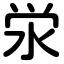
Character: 泶